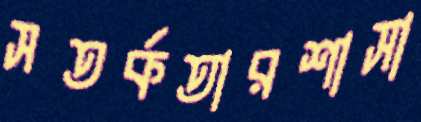
সতর্কতারশাসা